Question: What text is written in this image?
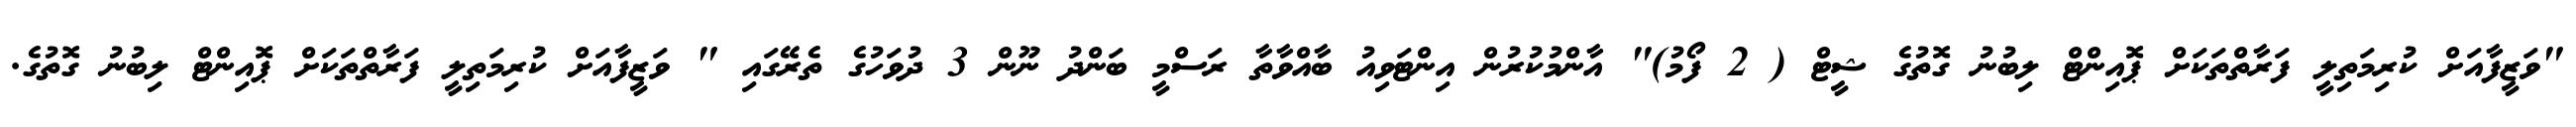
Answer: "ވަޒީފާއަށް ކުރިމަތިލީ ފަރާތްތަކަށް ޕޮއިންޓް ލިބުނު ގޮތުގެ ޝީޓް ( 2 ފޯމު)" އާންމުކުރުން އިންޓަވިއު ބާއްވާތާ ރަސްމީ ބަންދު ނޫން 3 ދުވަހުގެ ތެރޭގައި " ވަޒީފާއަށް ކުރިމަތިލީ ފަރާތްތަކަށް ޕޮއިންޓް ލިބުނު ގޮތުގެ.